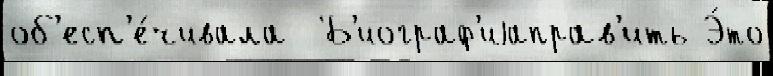
об'есп'е́чивала  Б'иограф'иjаправ'ить Э́то